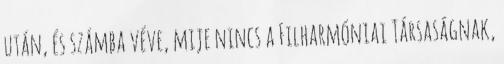
után, és számba véve, mije nincs a Filharmóniai Társaságnak,